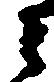
之